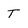
Character: T